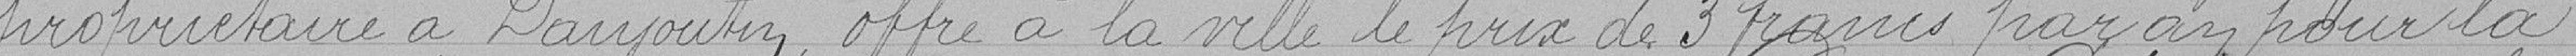
propriétaire Daujoutin, offre à la Ville le prix de 3 francs par an pour la